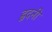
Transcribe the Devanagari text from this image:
ह्वदनी